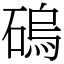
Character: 䃖